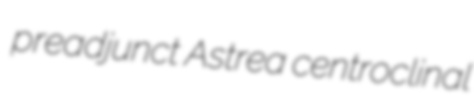
preadjunct Astrea centroclinal